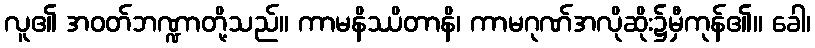
လူ၏ အဝတ်ဘဏ္ဍာတို့သည်။ ကာမနိဿိတာနိ၊ ကာမဂုဏ်အလိုဆိုး၌မှီကုန်၏။ ခေါ၊